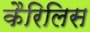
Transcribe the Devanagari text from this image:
कैरिलिस